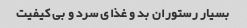
بسیار رستوران بد و غذای سرد و بی کیفیت